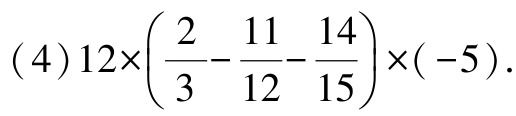
\((4)12\times\left(\dfrac{2}{3}-\dfrac{11}{12}-\dfrac{14}{15}\right)\times(-5)\)